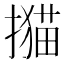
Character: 𢵝